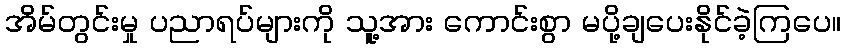
အိမ်တွင်းမှု ပညာရပ်များကို သူ့အား ကောင်းစွာ မပို့ချပေးနိုင်ခဲ့ကြပေ။